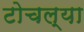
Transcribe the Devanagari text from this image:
टोचल्या